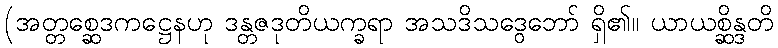
(အတ္တစ္ဆေဒကဋ္ဌေနဟု ဒန္တဇဒုတိယက္ခရာ အသဒိသဒွေဘော် ရှိ၏။ ယာယစ္ဆိန္ဒတိ